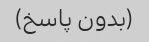
(بدون پاسخ)